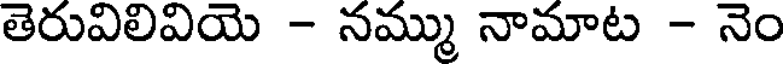
తెరువిలివియె - నమ్ము నామాట - నెం